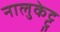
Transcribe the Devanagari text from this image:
नालुकेट्टु